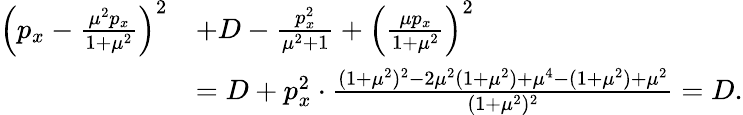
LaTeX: \begin{array}{rl}{\left(p_{x}-\frac{\mu^{2}p_{x}}{1+\mu^{2}}\right)^{2}}&{+D-\frac{p_{x}^{2}}{\mu^{2}+1}+\left(\frac{\mu p_{x}}{1+\mu^{2}}\right)^{2}}\\ &{=D+p_{x}^{2}\cdot\frac{(1+\mu^{2})^{2}-2\mu^{2}(1+\mu^{2})+\mu^{4}-(1+\mu^{2})+\mu^{2}}{(1+\mu^{2})^{2}}=D.}\end{array}